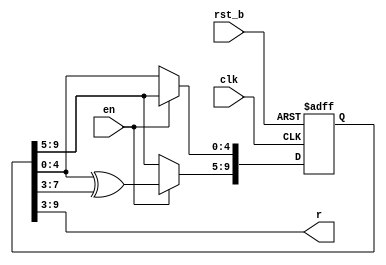
// This program was cloned from: https://github.com/ejfogleman/ef_smsdac
// License: Apache License 2.0

/*
 * Copyright (c) 2024 Eric Fogleman
 * SPDX-License-Identifier: Apache-2.0
 *
 * 10-b LFSR w/ 7 tapped outputs
 * updates 5 states at a time to avoid correlation in tapped bits
 */

module ef_smsdac_lfsr10_7 ( clk, rst_b, en, r );

  input clk;
  input rst_b;
  input en;
  output  [6:0] r;

	reg [9:0] q;
	wire [6:0] r;

	assign r[6:0] = q[9:3];  // tap random bit outputs

	// note:  all zeros is an invalid state; init w/ nonzero state
	always @( posedge clk, negedge rst_b ) begin
		if( rst_b == 1'b0 ) begin
			q[9:1] <= 9'b0;
			q[0] <= 1'b1;
		end
		else begin
			if ( en ) begin
				// jumps 5 states per clock
				// columnwise from left to right
				q[9:5] <= q[4:0] ^ q[7:3];
				q[4:0] <= q[9:5];
			end
		end
	end
	
endmodule